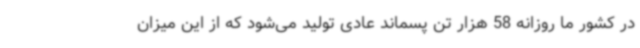
در کشور ما روزانه 58 هزار تن پسماند عادی تولید می‌شود که از این میزان